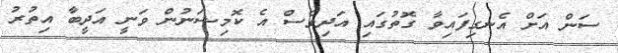
ސަން އަށް އެނގިފައިވާ ގޮތުގައި އަދިވެސް އެ ކޮމިޝަނުން ވަނީ އަދީބާ އިތުރު